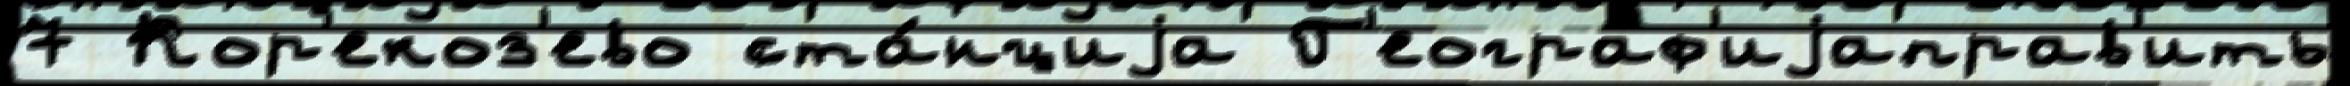
7 Кор'екоз'ево ста́нциjа Г'еограф'иjаправ'ить